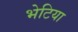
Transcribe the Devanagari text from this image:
भेटिया